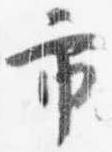
市